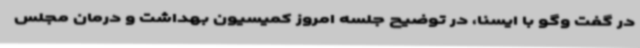
در گفت وگو با ایسنا، در توضیح جلسه امروز کمیسیون بهداشت و درمان مجلس